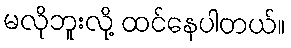
မလိုဘူးလို့ ထင်နေပါတယ်။